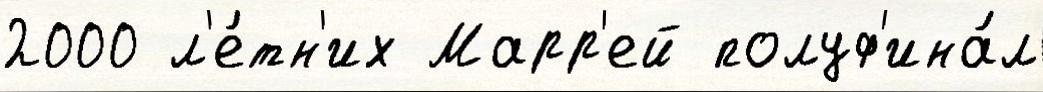
2000 л'е́тн'их Марр'ей полуф'ина́л